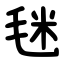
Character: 毩